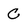
Character: C